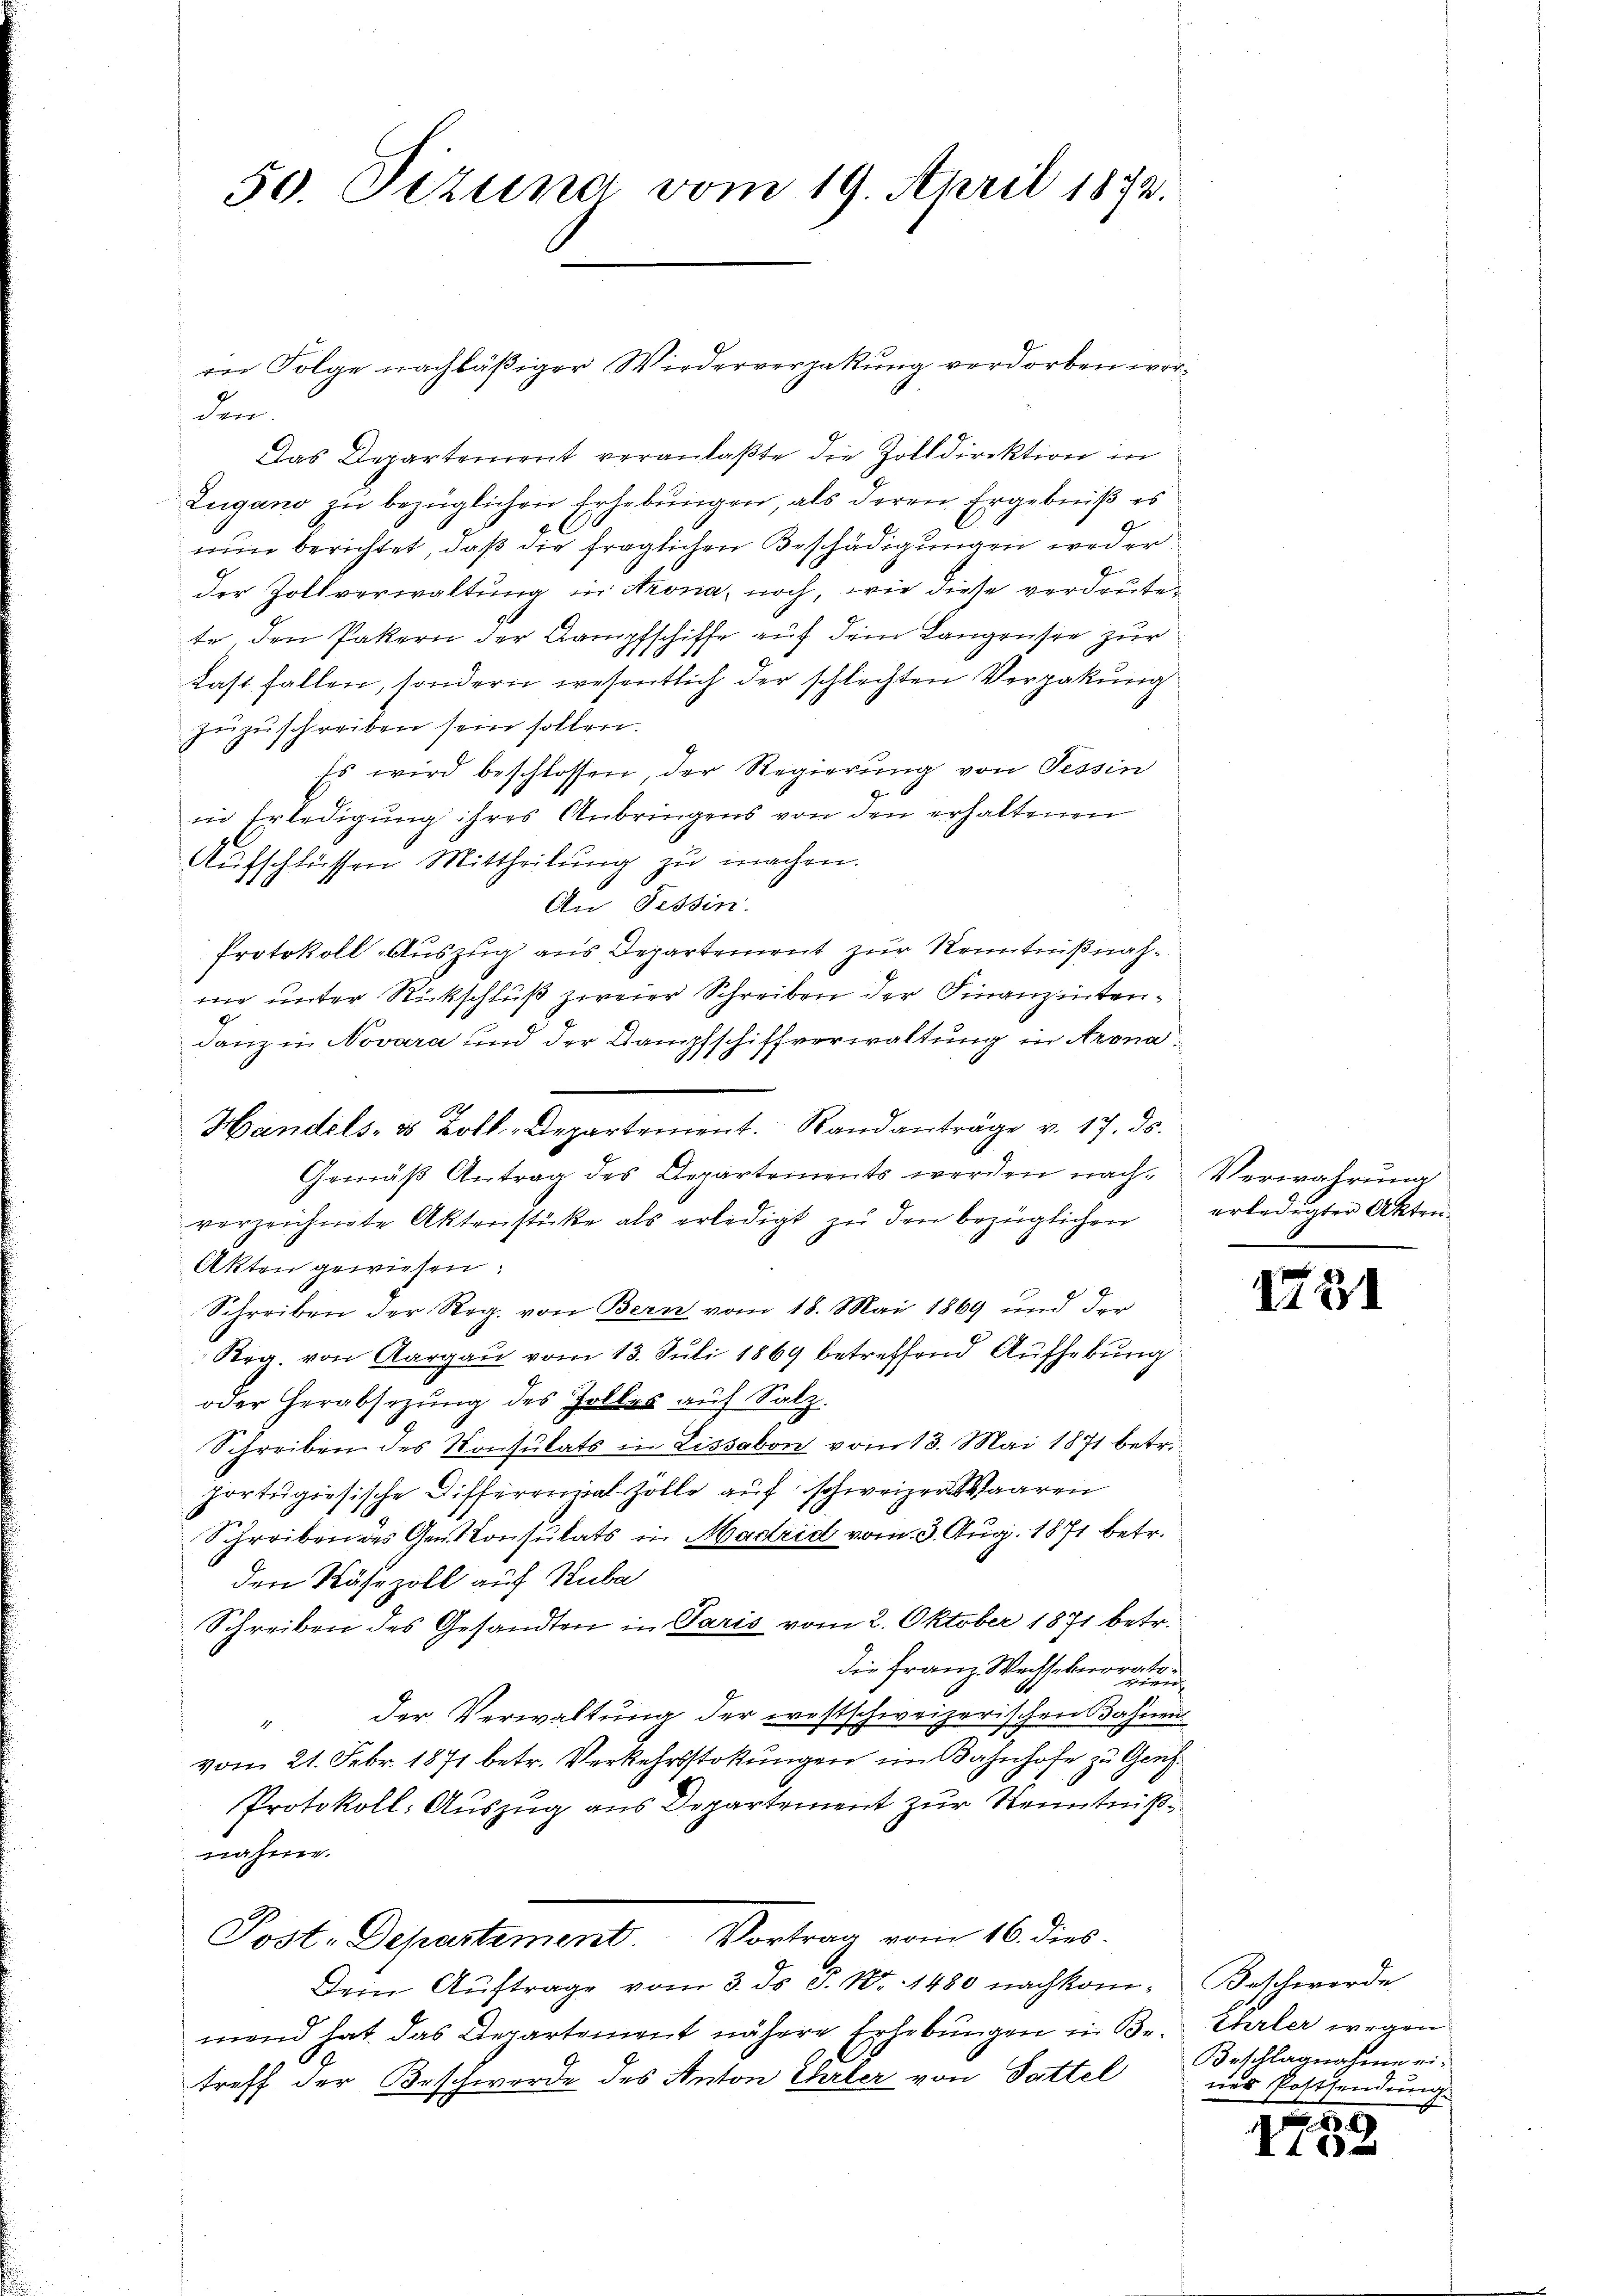
50. Pezuna vom 19. April 1872.

den.
Das Departement veranlaßte die Zolldirektion in
Zugano zu bezüglichen Erhebungen, als deren Ergebniß es
 O
nun berichtet, daß die fraglichen Beschädigungen weder
der Zollverwaltung in Strona, noch, wie diese verdrutete den Patern der Kampfschiffe auf dem Langenste zur
Last fallen, sondern wesentlich der schlechten Verpakung
zuzuschreiben sein sollen.
Es wird beschlossen der Regierung von Tessin
in Erledigung ihres Anbringens von den erhaltenen
Aŭfschlüssen Mittheilŭng zŭ machen.
An Tessin.
Protokoll-Auszug aus Departement zur Kenntnißnahme unter Rückschluß zweier Schreiben der Finanzentendanz in Novara und der Dampfschiffverwaltung in Arona¬
2
Handels- & Zoll-Departement. Randanträge v. 17. ds.
Gemäß Antrag des Departements werden nachverzeichnete Aktenstücke als erledigt zu den bezüglichen
Akten gewiesen:
Schreiben der Reg. von Bern vom 18. Mai 1869 und der
Reg. von Aargau vom 13. Juli 1869 betreffend Aufhebung
oder Herabsezung des Zolles auf Salz.
Schreiben des Konsulats in Lissabon vom 13. Mai 1871 betr.
portugisische Differenzial-Zölle auf schweizer Waaren
Schreiben des Gen. Consulats in Madrid vom 3. Aug. 1871 betr.
den Nährzoll auf Rube
Schreiben des Gesandten in Paris vom 2. Oktober 1871 betr.
die Franz Wachschnort
der Verwaltung der westschweizerischen Bahnen
d
vom 21. Febr. 1871 betr. Verkehrsstokungen im Bahnhofe zu Grus
Protokoll: Auszug aus Departement zur Kenntnißnahme.
Post. Departement. Vortrag vom 16. dies
Dein Aŭftrage vom 3. ds P. Nr. 1480 nachkom- Beschwerde
mend hat das Departement nähere Erhebungen in Br. Ehrler wegen
treff der Beschwerde des Anton Ehrler von Sattel

in Folge nachläßiger Wiederverpakung verdorben wor¬

Verwahrung
erledigter Akten.

1731

Beschlagnahme eines Postsendung

.

4